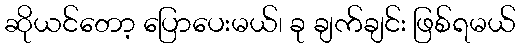
ဆိုယင်တော့ ပြောပေးမယ်၊ ခု ချက်ချင်း ဖြစ်ရမယ်